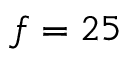
f = 2 5